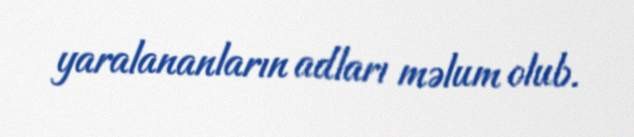
yaralananların adları məlum olub.